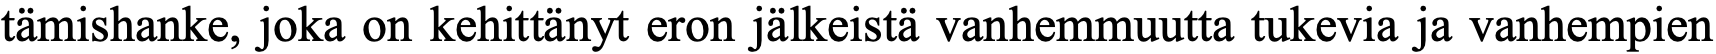
tämishanke, joka on kehittänyt eron jälkeistä vanhemmuutta tukevia ja vanhempien